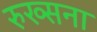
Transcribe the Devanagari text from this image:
रुख्सना